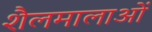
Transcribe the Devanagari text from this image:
शैलमालाओं